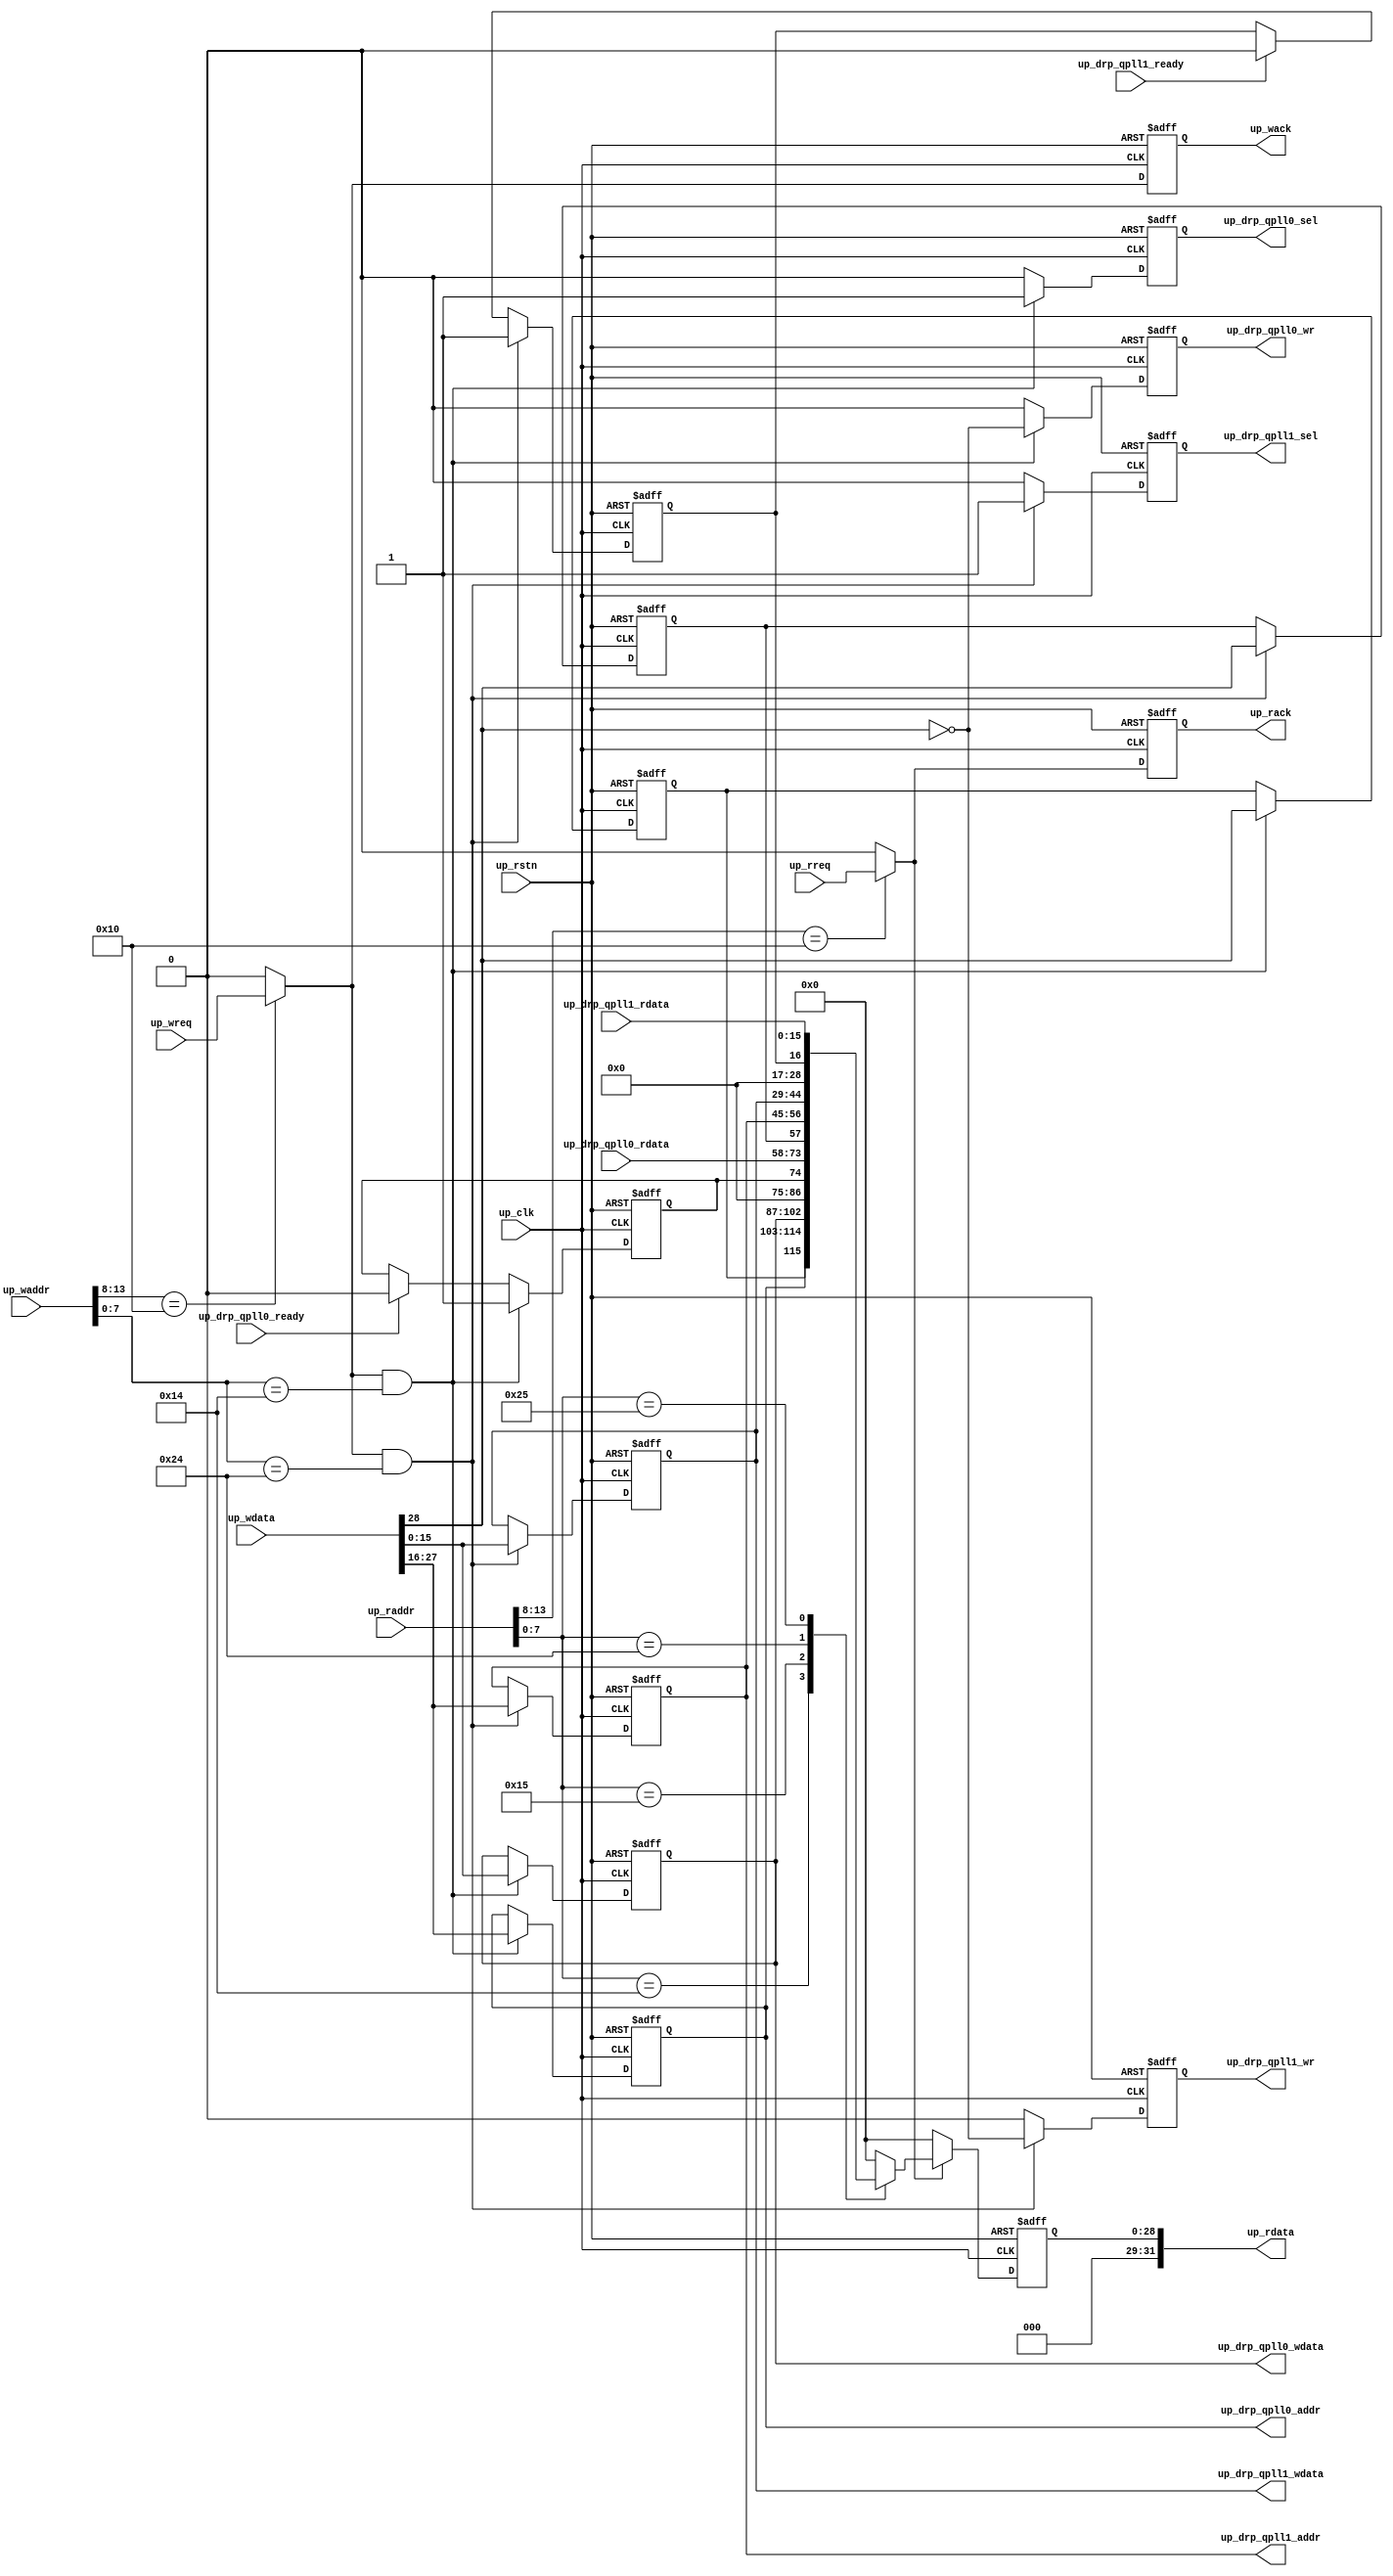
// ***************************************************************************
// ***************************************************************************
// Copyright 2011(c) Analog Devices, Inc.
//
// All rights reserved.
//
// Redistribution and use in source and binary forms, with or without modification,
// are permitted provided that the following conditions are met:
//     - Redistributions of source code must retain the above copyright
//       notice, this list of conditions and the following disclaimer.
//     - Redistributions in binary form must reproduce the above copyright
//       notice, this list of conditions and the following disclaimer in
//       the documentation and/or other materials provided with the
//       distribution.
//     - Neither the name of Analog Devices, Inc. nor the names of its
//       contributors may be used to endorse or promote products derived
//       from this software without specific prior written permission.
//     - The use of this software may or may not infringe the patent rights
//       of one or more patent holders.  This license does not release you
//       from the requirement that you obtain separate licenses from these
//       patent holders to use this software.
//     - Use of the software either in source or binary form, must be run
//       on or directly connected to an Analog Devices Inc. component.
//
// THIS SOFTWARE IS PROVIDED BY ANALOG DEVICES "AS IS" AND ANY EXPRESS OR IMPLIED WARRANTIES,
// INCLUDING, BUT NOT LIMITED TO, NON-INFRINGEMENT, MERCHANTABILITY AND FITNESS FOR A
// PARTICULAR PURPOSE ARE DISCLAIMED.
//
// IN NO EVENT SHALL ANALOG DEVICES BE LIABLE FOR ANY DIRECT, INDIRECT, INCIDENTAL, SPECIAL,
// EXEMPLARY, OR CONSEQUENTIAL DAMAGES (INCLUDING, BUT NOT LIMITED TO, INTELLECTUAL PROPERTY
// RIGHTS, PROCUREMENT OF SUBSTITUTE GOODS OR SERVICES; LOSS OF USE, DATA, OR PROFITS; OR
// BUSINESS INTERRUPTION) HOWEVER CAUSED AND ON ANY THEORY OF LIABILITY, WHETHER IN CONTRACT,
// STRICT LIABILITY, OR TORT (INCLUDING NEGLIGENCE OR OTHERWISE) ARISING IN ANY WAY OUT OF
// THE USE OF THIS SOFTWARE, EVEN IF ADVISED OF THE POSSIBILITY OF SUCH DAMAGE.
// ***************************************************************************
// ***************************************************************************

`timescale 1ns/100ps

module up_gt (

  // drp interface

  up_drp_qpll0_sel,
  up_drp_qpll0_wr,
  up_drp_qpll0_addr,
  up_drp_qpll0_wdata,
  up_drp_qpll0_rdata,
  up_drp_qpll0_ready,
  up_drp_qpll1_sel,
  up_drp_qpll1_wr,
  up_drp_qpll1_addr,
  up_drp_qpll1_wdata,
  up_drp_qpll1_rdata,
  up_drp_qpll1_ready,

  // bus interface

  up_rstn,
  up_clk,
  up_wreq,
  up_waddr,
  up_wdata,
  up_wack,
  up_rreq,
  up_raddr,
  up_rdata,
  up_rack);

  // parameters

  parameter   integer GTH_OR_GTX_N = 0;

  // drp interface

  output          up_drp_qpll0_sel;
  output          up_drp_qpll0_wr;
  output  [11:0]  up_drp_qpll0_addr;
  output  [15:0]  up_drp_qpll0_wdata;
  input   [15:0]  up_drp_qpll0_rdata;
  input           up_drp_qpll0_ready;
  output          up_drp_qpll1_sel;
  output          up_drp_qpll1_wr;
  output  [11:0]  up_drp_qpll1_addr;
  output  [15:0]  up_drp_qpll1_wdata;
  input   [15:0]  up_drp_qpll1_rdata;
  input           up_drp_qpll1_ready;

  // bus interface

  input           up_rstn;
  input           up_clk;
  input           up_wreq;
  input   [13:0]  up_waddr;
  input   [31:0]  up_wdata;
  output          up_wack;
  input           up_rreq;
  input   [13:0]  up_raddr;
  output  [31:0]  up_rdata;
  output          up_rack;

  // internal registers

  reg             up_wack = 'd0;
  reg             up_drp_qpll0_sel = 'd0;
  reg             up_drp_qpll0_wr = 'd0;
  reg             up_drp_qpll0_status = 'd0;
  reg             up_drp_qpll0_rwn = 'd0;
  reg     [11:0]  up_drp_qpll0_addr = 'd0;
  reg     [15:0]  up_drp_qpll0_wdata = 'd0;
  reg     [15:0]  up_drp_qpll0_rdata_hold = 'd0;
  reg             up_drp_qpll1_sel = 'd0;
  reg             up_drp_qpll1_wr = 'd0;
  reg             up_drp_qpll1_status = 'd0;
  reg             up_drp_qpll1_rwn = 'd0;
  reg     [11:0]  up_drp_qpll1_addr = 'd0;
  reg     [15:0]  up_drp_qpll1_wdata = 'd0;
  reg     [15:0]  up_drp_qpll1_rdata_hold = 'd0;
  reg             up_rack = 'd0;
  reg     [31:0]  up_rdata = 'd0;

  // internal signals

  wire            up_wreq_s;
  wire            up_rreq_s;

  // decode block select

  assign up_wreq_s = (up_waddr[13:8] == 6'h10) ? up_wreq : 1'b0;
  assign up_rreq_s = (up_raddr[13:8] == 6'h10) ? up_rreq : 1'b0;

  // processor write interface

  always @(negedge up_rstn or posedge up_clk) begin
    if (up_rstn == 0) begin
      up_wack <= 'd0;
      up_drp_qpll0_sel <= 'd0;
      up_drp_qpll0_wr <= 'd0;
      up_drp_qpll0_status <= 'd0;
      up_drp_qpll0_rwn <= 'd0;
      up_drp_qpll0_addr <= 'd0;
      up_drp_qpll0_wdata <= 'd0;
      up_drp_qpll0_rdata_hold <= 'd0;
      up_drp_qpll1_sel <= 'd0;
      up_drp_qpll1_wr <= 'd0;
      up_drp_qpll1_status <= 'd0;
      up_drp_qpll1_rwn <= 'd0;
      up_drp_qpll1_addr <= 'd0;
      up_drp_qpll1_wdata <= 'd0;
      up_drp_qpll1_rdata_hold <= 'd0;
    end else begin
      up_wack <= up_wreq_s;
      if ((up_wreq_s == 1'b1) && (up_waddr[7:0] == 8'h14)) begin
        up_drp_qpll0_sel <= 1'b1;
        up_drp_qpll0_wr <= ~up_wdata[28];
      end else begin
        up_drp_qpll0_sel <= 1'b0;
        up_drp_qpll0_wr <= 1'b0;
      end
      if ((up_wreq_s == 1'b1) && (up_waddr[7:0] == 8'h14)) begin
        up_drp_qpll0_status <= 1'b1;
      end else if (up_drp_qpll0_ready == 1'b1) begin
        up_drp_qpll0_status <= 1'b0;
      end
      if ((up_wreq_s == 1'b1) && (up_waddr[7:0] == 8'h14)) begin
        up_drp_qpll0_rwn <= up_wdata[28];
        up_drp_qpll0_addr <= up_wdata[27:16];
        up_drp_qpll0_wdata <= up_wdata[15:0];
      end
      if (up_drp_qpll0_ready == 1'b1) begin
        up_drp_qpll0_rdata_hold <= up_drp_qpll0_rdata;
      end
      if ((up_wreq_s == 1'b1) && (up_waddr[7:0] == 8'h24)) begin
        up_drp_qpll1_sel <= 1'b1;
        up_drp_qpll1_wr <= ~up_wdata[28];
      end else begin
        up_drp_qpll1_sel <= 1'b0;
        up_drp_qpll1_wr <= 1'b0;
      end
      if ((up_wreq_s == 1'b1) && (up_waddr[7:0] == 8'h24)) begin
        up_drp_qpll1_status <= 1'b1;
      end else if (up_drp_qpll1_ready == 1'b1) begin
        up_drp_qpll1_status <= 1'b0;
      end
      if ((up_wreq_s == 1'b1) && (up_waddr[7:0] == 8'h24)) begin
        up_drp_qpll1_rwn <= up_wdata[28];
        up_drp_qpll1_addr <= up_wdata[27:16];
        up_drp_qpll1_wdata <= up_wdata[15:0];
      end
      if (up_drp_qpll1_ready == 1'b1) begin
        up_drp_qpll1_rdata_hold <= up_drp_qpll1_rdata;
      end
    end
  end

  // processor read interface

  always @(negedge up_rstn or posedge up_clk) begin
    if (up_rstn == 0) begin
      up_rack <= 'd0;
      up_rdata <= 'd0;
    end else begin
      up_rack <= up_rreq_s;
      if (up_rreq_s == 1'b1) begin
        case (up_raddr[7:0])
          8'h14: up_rdata <= {3'd0, up_drp_qpll0_rwn,
                              up_drp_qpll0_addr, up_drp_qpll0_wdata};
          8'h15: up_rdata <= {15'd0, up_drp_qpll0_status, up_drp_qpll0_rdata};
          8'h24: up_rdata <= {3'd0, up_drp_qpll1_rwn,
                              up_drp_qpll1_addr, up_drp_qpll1_wdata};
          8'h25: up_rdata <= {15'd0, up_drp_qpll1_status, up_drp_qpll1_rdata};
          8'h3a: up_rdata <= GTH_OR_GTX_N;
          default: up_rdata <= 0;
        endcase
      end else begin
        up_rdata <= 32'd0;
      end
    end
  end

endmodule

// ***************************************************************************
// ***************************************************************************